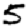
Digit: 5